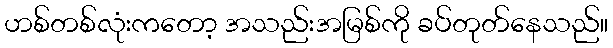
ဟစ်တစ်လုံးကတော့ အသည်းအမြစ်ကို ခပ်တုတ်နေသည်။